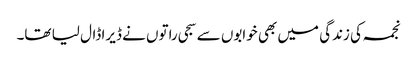
نجمہ کی زندگی میں بھی خوابوں سے سجی راتوں نے ڈیرا ڈال لیا تھا۔